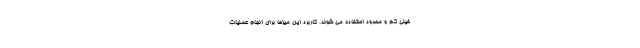
خیلی کم و محدود استفاده می شوند. کاربرد این میزها برای انجام عملیات